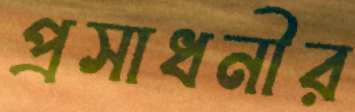
প্রসাধনীর